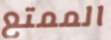
الممتع